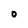
Character: o